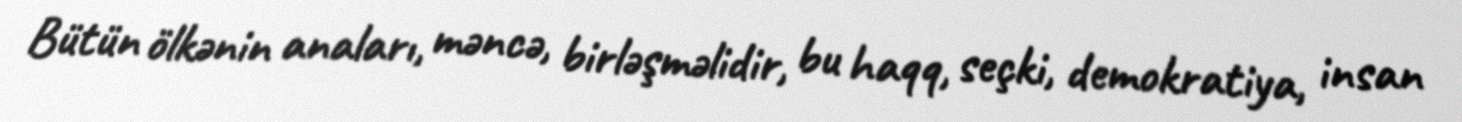
Bütün ölkənin anaları, məncə, birləşməlidir, bu haqq, seçki, demokratiya, insan